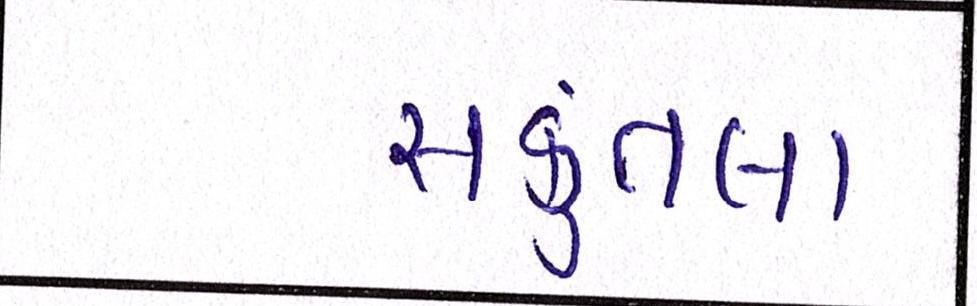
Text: સકુંતલા